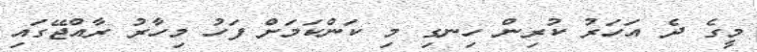
މީގެ ދެ އަހަރު ކުރިން ހިނގި މި ކަންކަމަށް ފަހު މިހާރު ރާއްޖޭގައި